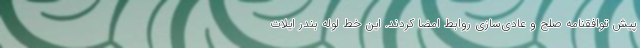
پیش توافقنامه صلح و عادی‌سازی روابط امضا کردند. این خط لوله بندر ایلات